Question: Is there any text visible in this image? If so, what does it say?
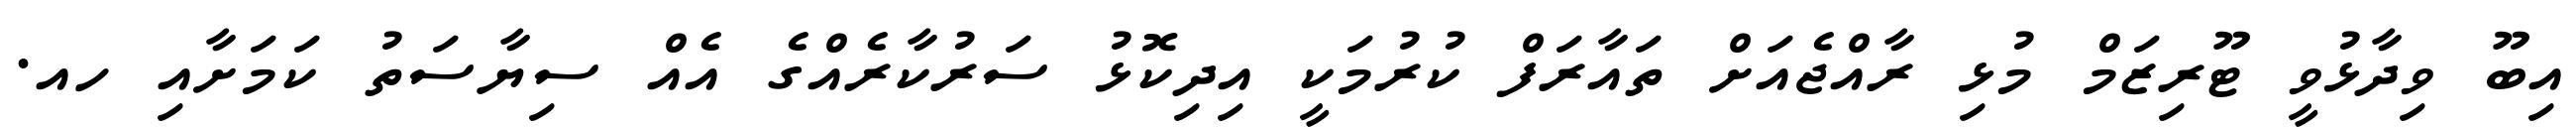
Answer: އިބޫ ވިދާޅުވީ ޓޫރިޒަމް މުޅި ރާއްޖެއަށް ތައާރަފް ކުރުމަކީ އިދިކޮޅު ސަރުކާރެއްގެ އެއް ސިޔާސަތު ކަމަށާއި ހއ.